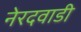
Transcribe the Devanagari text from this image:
नेरदवाडी